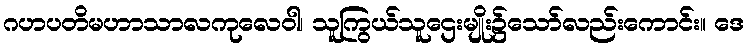
ဂဟပတိမဟာသာလကုလေဝါ၊ သူကြွယ်သူဌေးမျိုး၌သော်လည်းကောင်း။ ဒေ